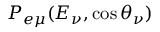
P _ { e \mu } ( E _ { \nu } , \cos \theta _ { \nu } )